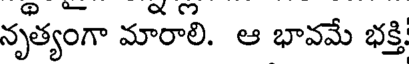
నృత్యంగా మారాలి. ఆ భావమే భక్తి